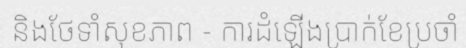
និងថែទាំសុខភាព - ការដំឡើងប្រាក់ខែប្រចាំ